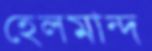
হেলমান্দ